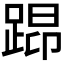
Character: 𰸖